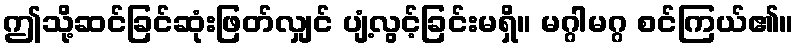
ဤသို့ဆင်ခြင်ဆုံးဖြတ်လျှင် ပျံ့လွင့်ခြင်းမရှိ။ မဂ္ဂါမဂ္ဂ စင်ကြယ်၏။